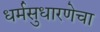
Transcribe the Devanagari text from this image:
धर्मसुधारणेचा